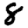
Digit: 8